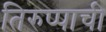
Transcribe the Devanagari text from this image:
तिरुप्पाची